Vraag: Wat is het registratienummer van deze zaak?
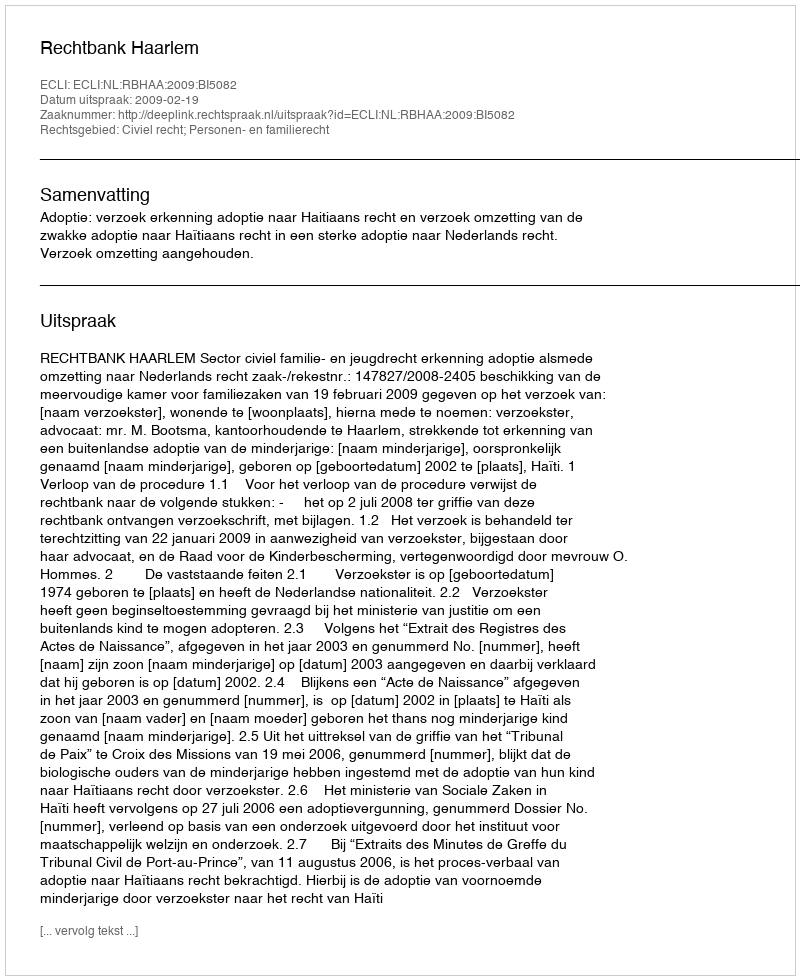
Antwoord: http://deeplink.rechtspraak.nl/uitspraak?id=ECLI:NL:RBHAA:2009:BI5082